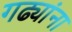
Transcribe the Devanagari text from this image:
गढ्यांना